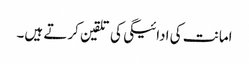
امانت کی ادائیگی کی تلقین کرتے ہیں۔